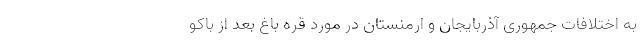
به اختلافات جمهوری آذربایجان و ارمنستان در مورد قره باغ بعد از باکو